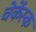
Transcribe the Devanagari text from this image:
चेर्केस्क